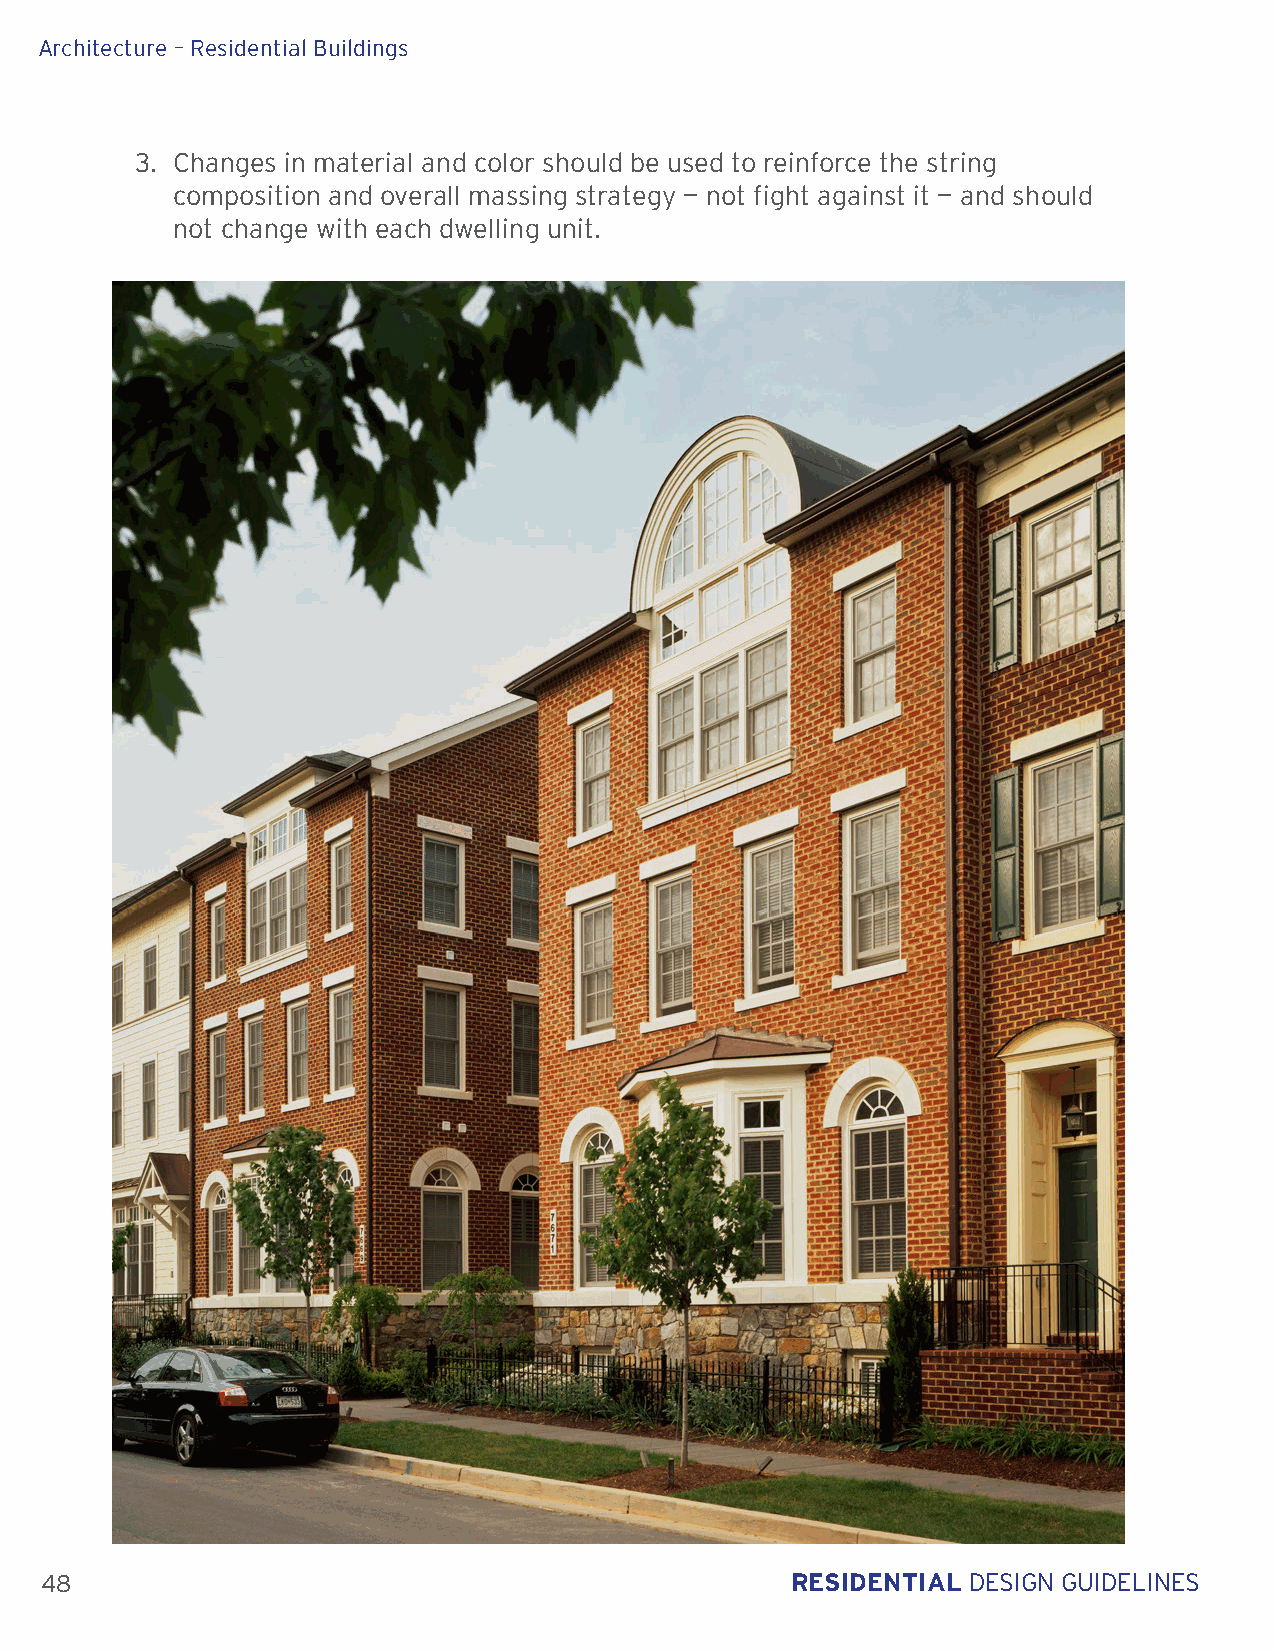
Architecture – Residential Buildings
 3. Changes in material and color should be used to reinforce the string
 composition and overall massing strategy — not fight against it — and should
 not change with each dwelling unit.
 48                                               RESIDENTIAL DESIGN GUIDELINES